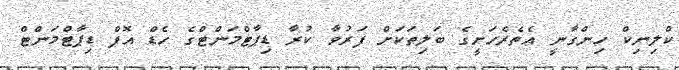
ކްލިނިކް ހިންގާނީ އެތެރެހަށީގެ ބަލިތަކަށް ފަރުވާ ކުރާ ޑިޕާޓްމަންޓްގެ ހެޑް އޮފް ޑިޕާޓްމަންޓް